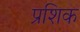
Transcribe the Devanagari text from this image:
प्रशिक